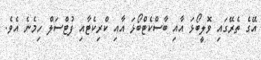
އޭގެ ތެރޭގައި ވޮލީބޯޅަ އާއި ބާސްކެޓްބޯޅަ އާއި ކްރިކެޓާއި ފުޓްސަލް ހިމެނެ އެވެ.